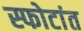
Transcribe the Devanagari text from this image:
स्फोटांत